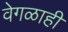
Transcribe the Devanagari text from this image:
वेगळाही